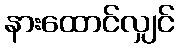
နားထောင်လျှင်